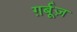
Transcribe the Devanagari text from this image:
ग़र्बूज़